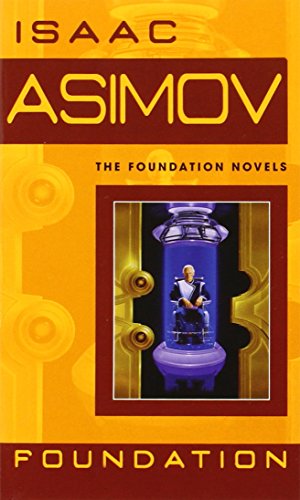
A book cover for Foundation; Isaac Asimov; Science Fiction & Fantasy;